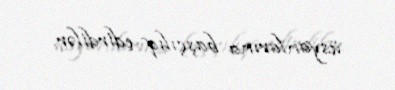
üsyanlarına başçılıq edirdilər.